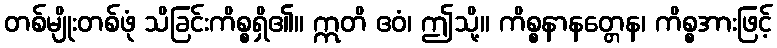
တစ်မျိုးတစ်ဖုံ သိခြင်းကိစ္စရှိ၏။ ဣတိ ဧဝံ၊ ဤသို့။ ကိစ္စနာနတ္တေန၊ ကိစ္စအားဖြင့်